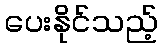
ပေးနိုင်သည့်